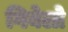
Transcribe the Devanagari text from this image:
गिबेलो